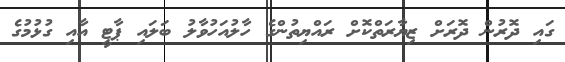
ގައި ދޮރުން ދޮރަށް ޒިޔާރަތްކޮށް ރައްޔިތުންގެ ހާލުއަހުވާލު ބަލައި ޕާޓީ އާއި ގުޅުމުގެ